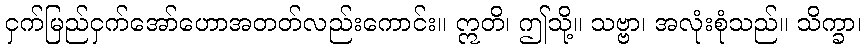
ငှက်မြည်ငှက်အော်ဟောအတတ်လည်းကောင်း။ ဣတိ၊ ဤသို့။ သဗ္ဗာ၊ အလုံးစုံသည်။ သိက္ခာ၊